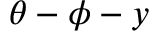
\theta - \phi - y